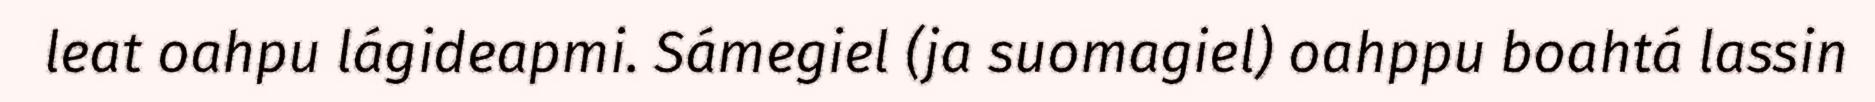
leat oahpu lágideapmi. Sámegiel (ja suomagiel) oahppu boahtá lassin